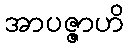
အာပဇ္ဇာဟိ